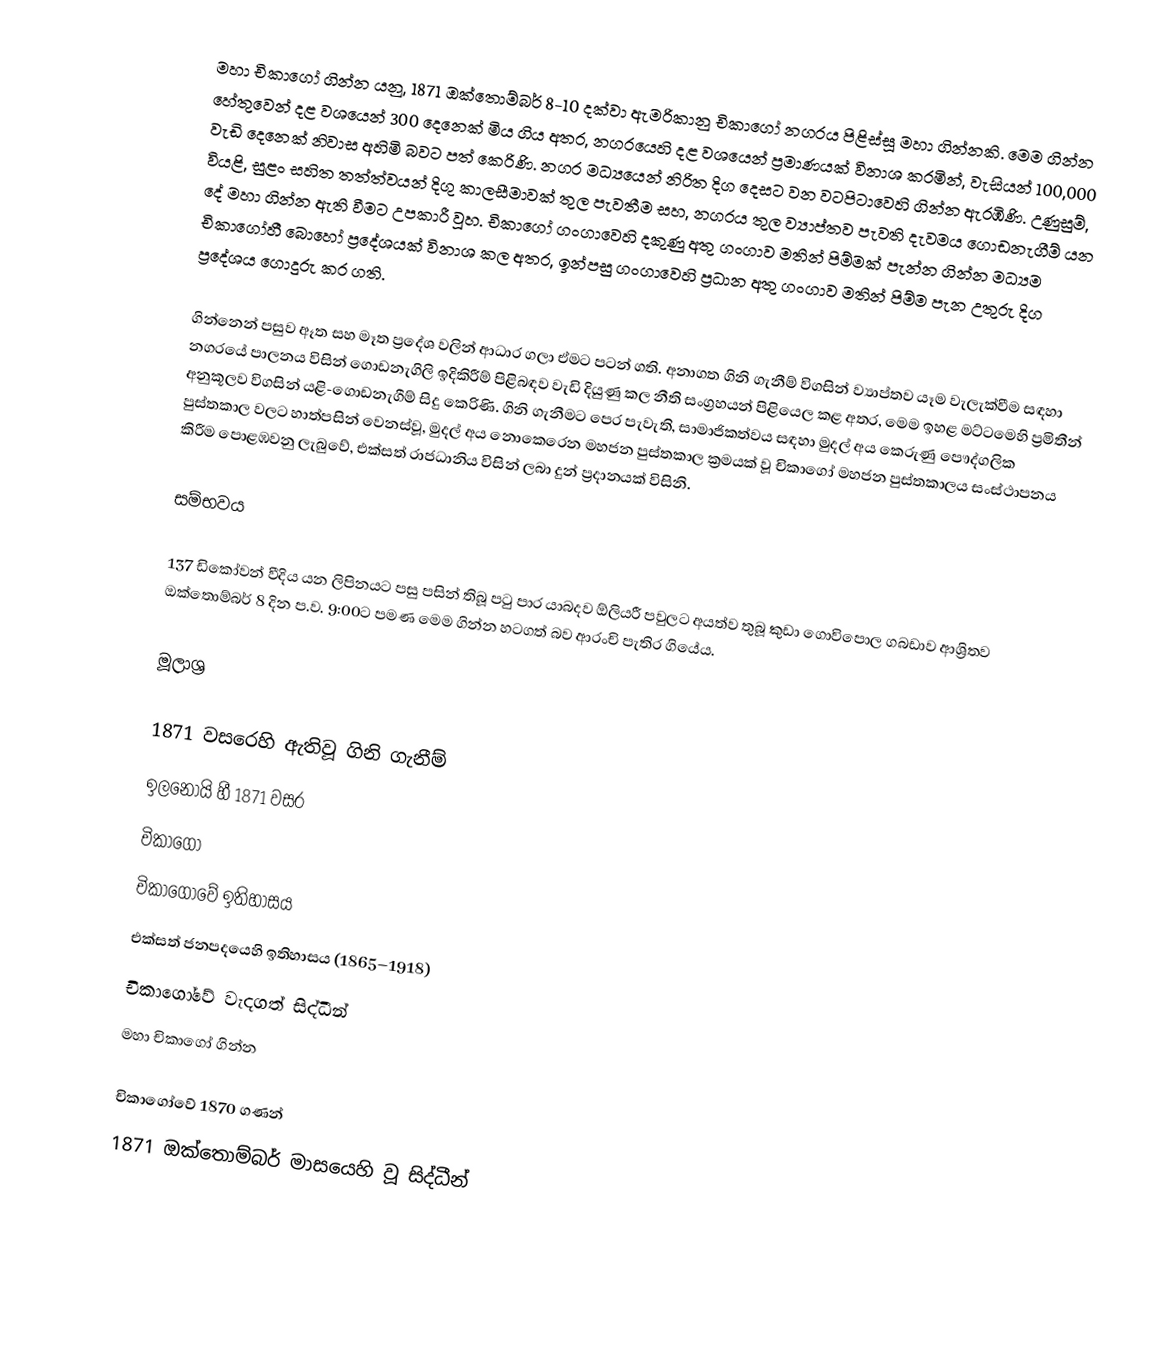
මහා චිකාගෝ ගින්න යනු,  1871 ඔක්තොම්බර් 8-10 දක්වා  ඇමරිකානු චිකාගෝ නගරය පිළිස්සූ  මහා ගින්නකි. මෙම ගින්න හේතුවෙන් දළ වශයෙන් 300 දෙනෙක් මිය ගිය අතර, නගරයෙහි දළ වශයෙන්  ප්‍රමාණයක් විනාශ කරමින්, වැසියන් 100,000 වැඩි දෙනෙක් නිවාස අහිමි බවට පත් කෙරිණි. නගර මධ්‍යයෙන් නිරිත දිග දෙසට වන වටපිටාවෙහි ගින්න ඇරඹිණි. උණුසුම්, වියළි, සුළං සහිත තත්ත්වයන් දිගු කාලසීමාවක් තුල පැවතීම සහ, නගරය තුල ව්‍යාප්තව පැවති දැවමය ගොඩනැගීම් යන දේ  මහා ගින්න ඇති වීමට උපකාරී වූහ.  චිකාගෝ ගංගාවෙහි දකුණු අතු ගංගාව මතින් පිම්මක් පැන්න ගින්න මධ්‍යම චිකාගෝහී බොහෝ ප්‍රදේශයක් විනාශ කල අතර, ඉන්පසු ගංගාවෙහි ප්‍රධාන අතු ගංගාව මතින් පිම්ම පැන උතුරු දිග ප්‍රදේශය ගොදුරු කර ගති.

ගින්නෙන් පසුව ඈත සහ මෑත ප්‍රදේශ වලින් ආධාර ගලා ඒමට පටන් ගති. අනාගත ගිනි ගැනීම් විගසින් ව්‍යාප්තව යෑම වැලැක්වීම සඳහා නගරයේ පාලනය විසින්  ගොඩනැගිලි ඉදිකිරීම් පිළිබඳව වැඩි දියුණු කල නීති සංග්‍රහයන් පිළියෙල කළ අතර, මෙම ඉහළ මට්ටමෙහි  ප්‍රමිතීන් අනුකූලව විගසින් යළි-ගොඩනැගීම් සිදු කෙරිණි. ගිනි ගැනීමට පෙර පැවැති, සාමාජිකත්වය සඳහා මුදල් අය කෙරුණු පෞද්ගලික පුස්තකාල වලට හාත්පසින් වෙනස්වූ, මුදල් අය නොකෙරෙන මහජන පුස්තකාල ක්‍රමයක් වූ  චිකාගෝ මහජන පුස්තකාලය සංස්ථාපනය කිරීම පොළඹවනු ලැබුවේ,  එක්සත් රාජධානිය විසින් ලබා දුන් ප්‍රදානයක් විසිනි.

සම්භවය

137 ඩිකෝවන් වීදිය යන ලිපිනයට පසු පසින් තිබූ පටු පාර යාබදව ඕලියරී පවුලට අයත්ව තුබූ   කුඩා ගොවිපොල ගබඩාව ආශ්‍රිතව ඔක්තොම්බර් 8 දින ප.ව.  9:00ට පමණ මෙම ගින්න හටගත් බව ආරංචි පැතිර ගියේය.

මූලාශ්‍ර

1871 වසරෙහි ඇතිවූ ගිනි ගැනීම්
ඉලනෝයි හී 1871 වසර
චිකාගෝ
චිකාගෝවේ ඉතිහාසය
එක්සත් ජනපදයෙහි ඉතිහාසය (1865–1918)
චිකාගෝවේ  වැදගත් සිද්ධීන්
මහා චිකාගෝ ගින්න

චිකාගෝවේ 1870 ගණන්
 1871 ඔක්තොම්බර් මාසයෙහි වූ සිද්ධීන්